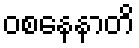
ဝစနေနာတိ